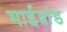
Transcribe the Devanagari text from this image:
माईब्रांड